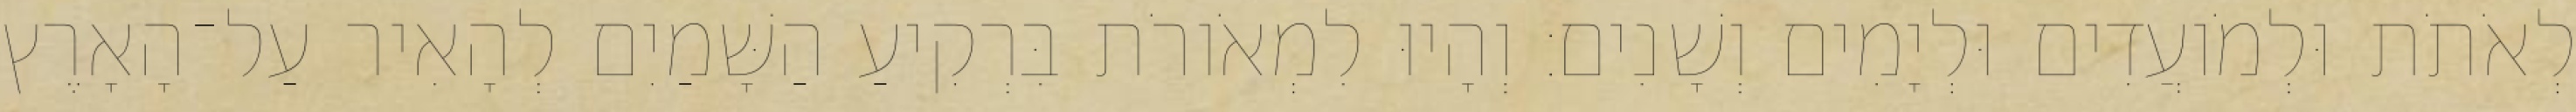
לְאֹתֹת וּלְמֹועֲדִים וּלְיָמִים וְשָׁנִים׃ וְהָיוּ לִמְאֹורֹת בִּרְקִיעַ הַשָּׁמַיִם לְהָאִיר עַל־הָאָרֶץ